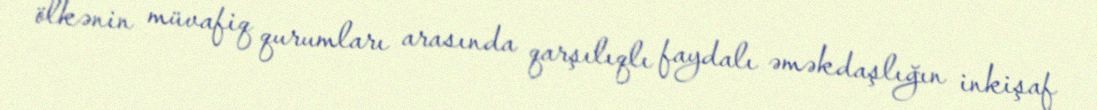
ölkənin müvafiq qurumları arasında qarşılıqlı faydalı əməkdaşlığın inkişaf